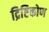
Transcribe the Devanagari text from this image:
द्रिष्टिकोण